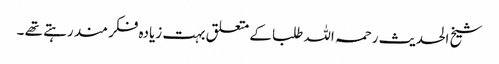
شیخ الحدیث رحمہ اللہ طلبا کے متعلق بہت زیادہ فکر مند رہتے تھے ۔